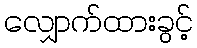
လျှောက်ထားခွင့်